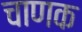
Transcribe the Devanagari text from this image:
चाणक